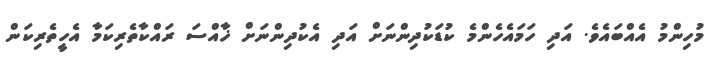
މުހިންމު އެއްބައެވެ. އަދި ހަމައެހެންމެ ކުޑަކުދިންނަށް އަދި އެކުދިންނަށް ޚާއްސަ ރައްކާތެރިކަމާ އެހީތެރިކަން